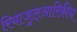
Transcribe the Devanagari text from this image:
रियाजुल्आरिफ़ीन